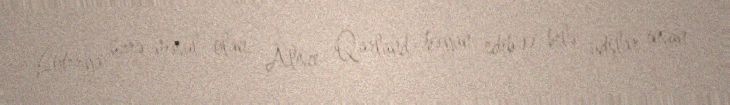
Loterya üzrə məsul olan Alisce Qarland bəyan edib ki, belə udşlar insan